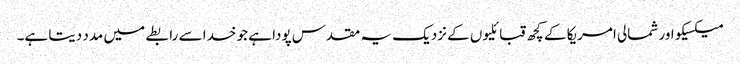
میکسیکو اور شمالی امریکا کے کچھ قبائلیوں کے نزدیک یہ مقدس پودا ہے جو خدا سے رابطے میں مدد دیتا ہے۔